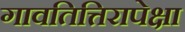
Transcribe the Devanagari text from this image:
गावतित्तिरापेक्षा